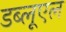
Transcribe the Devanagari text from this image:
डब्लूएल